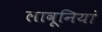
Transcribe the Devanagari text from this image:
लावूनियां